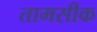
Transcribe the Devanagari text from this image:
तामसीक